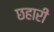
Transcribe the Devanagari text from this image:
छहारी